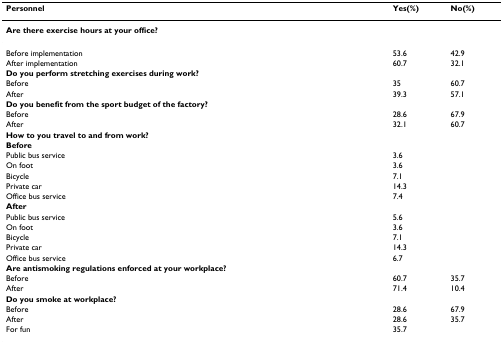
<table><thead><tr><td><b>Personnel</b></td><td><b>Yes(%)</b></td><td><b>No(%)</b></td></tr></thead><tbody><tr><td><b>Are there exercise hours at your office?</b></td><td></td><td></td></tr><tr><td>Before implementation</td><td>53.6</td><td>42.9</td></tr><tr><td>After implementation</td><td>60.7</td><td>32.1</td></tr><tr><td><b>Do you perform stretching exercises during work?</b></td><td></td><td></td></tr><tr><td>Before</td><td>35</td><td>60.7</td></tr><tr><td>After</td><td>39.3</td><td>57.1</td></tr><tr><td><b>Do you benefit from the sport budget of the factory?</b></td><td></td><td></td></tr><tr><td>Before</td><td>28.6</td><td>67.9</td></tr><tr><td>After</td><td>32.1</td><td>60.7</td></tr><tr><td><b>How to you travel to and from work?</b></td><td></td><td></td></tr><tr><td><b>Before</b></td><td></td><td></td></tr><tr><td>Public bus service</td><td>3.6</td><td></td></tr><tr><td>On foot</td><td>3.6</td><td></td></tr><tr><td>Bicycle</td><td>7.1</td><td></td></tr><tr><td>Private car</td><td>14.3</td><td></td></tr><tr><td>Office bus service</td><td>7.4</td><td></td></tr><tr><td><b>After</b></td><td></td><td></td></tr><tr><td>Public bus service</td><td>5.6</td><td></td></tr><tr><td>On foot</td><td>3.6</td><td></td></tr><tr><td>Bicycle</td><td>7.1</td><td></td></tr><tr><td>Private car</td><td>14.3</td><td></td></tr><tr><td>Office bus service</td><td>6.7</td><td></td></tr><tr><td><b>Are antismoking regulations enforced at your workplace?</b></td><td></td><td></td></tr><tr><td>Before</td><td>60.7</td><td>35.7</td></tr><tr><td>After</td><td>71.4</td><td>10.4</td></tr><tr><td><b>Do you smoke at workplace?</b></td><td></td><td></td></tr><tr><td>Before</td><td>28.6</td><td>67.9</td></tr><tr><td>After</td><td>28.6</td><td>35.7</td></tr><tr><td>For fun</td><td>35.7</td><td></td></tr></tbody></table>